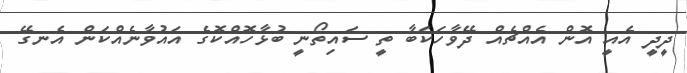
ދީދީ އެއީ އޮން އެއްޗެއް ދޭވާހަކަބާ ތީ ސައިތޯނީ ބުޅާހޮއްކޮގެ އައުވާނެއްކަން އެނގޭ